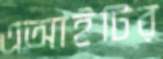
এআইটির